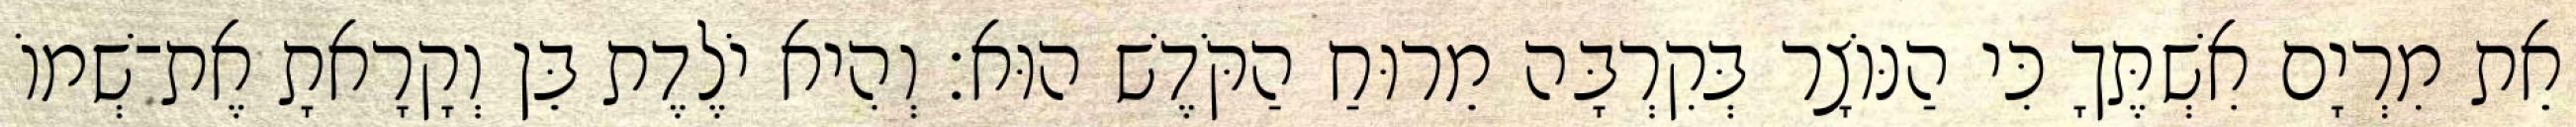
אֵת מִרְיָם אִשְׁתֶּךָ כִּי הַנּוֹצָר בְּקִרְבָּה מֵרוּחַ הַקֹּדֶשׁ הוּא׃ וְהִיא יֹלֶדֶת בֵּן וְקָרָאתָ אֶת־שְׁמוֹ